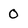
Character: 0